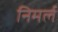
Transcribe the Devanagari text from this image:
निमर्ल